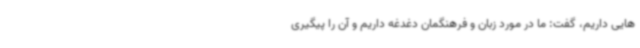
هایی داریم، گفت: ما در مورد زبان و فرهنگمان دغدغه داریم و آن را پیگیری